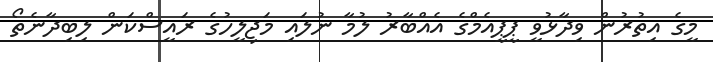
މީގެ އިތުރުން ވިދާޅުވީ ޕީޕީއެމްގެ އެއްބާރު ލުމާ ނުލައި މަޖިލީހުގެ ރައީސްކަން ލިބިދާނެތޯ